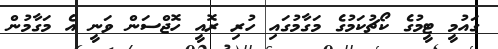
ގައުމީ ޓީމުގެ ކޯޗުކަމުގެ މަގާމުގައި ހުރި ރޮއީ ހޮޖްސަން ވަނީ އެ މަގާމުން